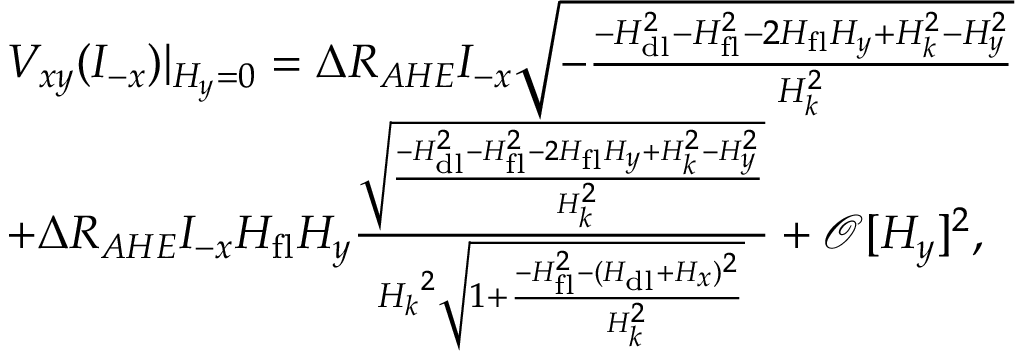
\begin{array} { r l } & { V _ { x y } ( I _ { - x } ) \lvert { _ { H _ { y } = 0 } } = \Delta R _ { A H E } I _ { - x } \sqrt { - \frac { - H _ { \mathrm { d l } } ^ { 2 } - H _ { \mathrm { f l } } ^ { 2 } - 2 H _ { \mathrm { f l } } H _ { y } + H _ { k } ^ { 2 } - H _ { y } ^ { 2 } } { H _ { k } ^ { 2 } } } } \\ & { + \Delta R _ { A H E } I _ { - x } H _ { \mathrm { f l } } H _ { y } \frac { \sqrt { \frac { - H _ { \mathrm { d l } } ^ { 2 } - H _ { \mathrm { f l } } ^ { 2 } - 2 H _ { \mathrm { f l } } H _ { y } + H _ { k } ^ { 2 } - H _ { y } ^ { 2 } } { H _ { k } ^ { 2 } } } } { { H _ { k } } ^ { 2 } \sqrt { 1 + \frac { - H _ { \mathrm { f l } } ^ { 2 } - ( H _ { \mathrm { d l } } + H _ { x } ) ^ { 2 } } { H _ { k } ^ { 2 } } } } + \mathcal { O } [ H _ { y } ] ^ { 2 } , } \end{array}